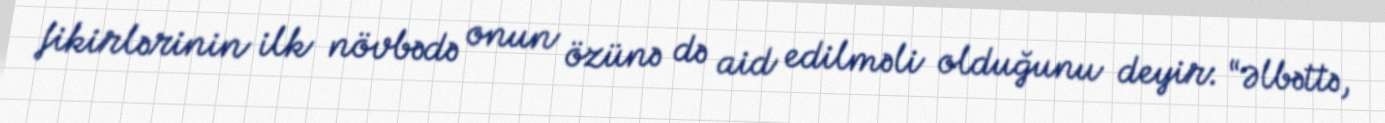
fikirlərinin ilk növbədə onun özünə də aid edilməli olduğunu deyir: “Əlbəttə,